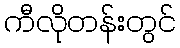
ကီလိုတန်းတွင်